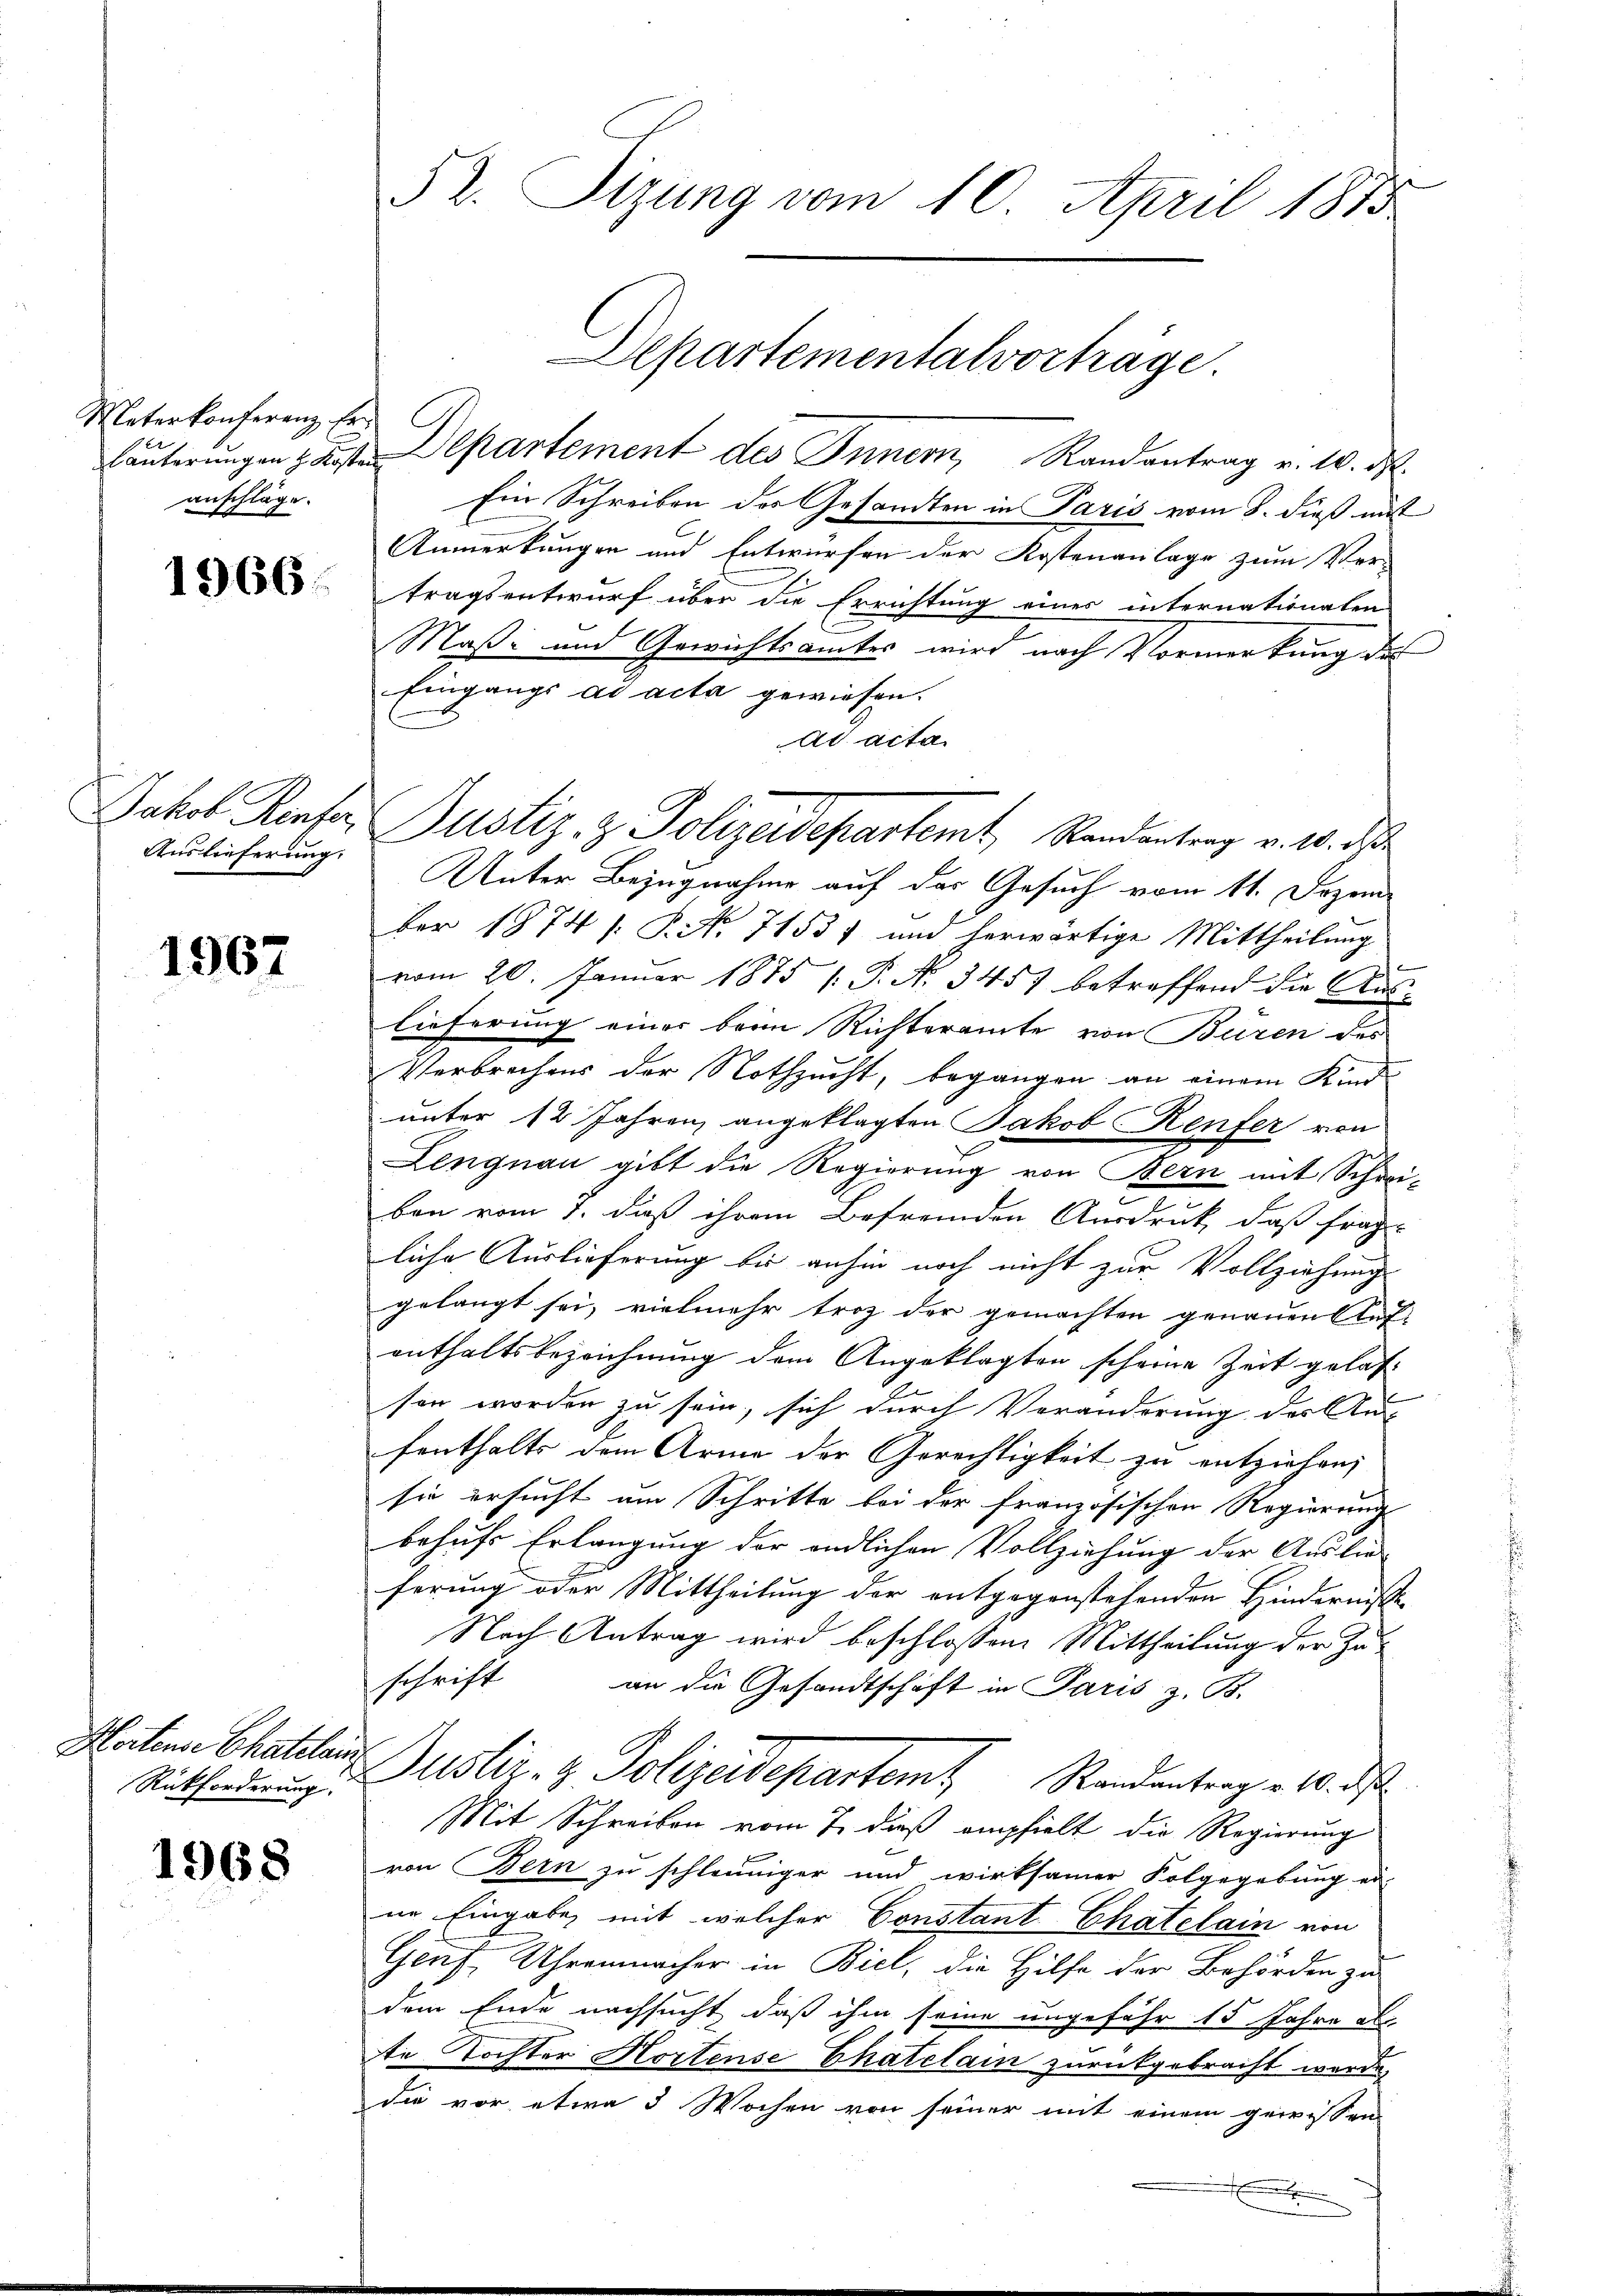
Materkonferenz Er
anschläge.

1966.

Jakob Rieser
Auslieferung.

1967

Koitense Chatelain
Rückforderung.

1968

52. Sizung vom 10. April 1815

läŭterŭngen z. B. Departement des Innern Randantrag v. 10. d.
Ein Schreiben des Gesandten in Paris vom 8. dieß mit
Anmerkungen und Entwürfen der Kostenanlage zum Ver-
tragsentwurf über die Errichtung eines internationalen
Maß- und Gewichtsamtes wird nach Vormerkung des
Eingangs ad acta gewiesen.
ad acta
Unter Bezugnahme auf der Gesuch vom 11. Dezem
ber 1874 s. P. No 71531 und herwärtige Mittheilung
vom 20. Januar 1875 [ P. No 3457 betreffend die Auslieferung einer beim Richteramte von Büren des
Verbrechens der Nothzucht, begangen an einem Kind
unter 12 Jahren angeklagten Jakob Renfer von
Lengnau gibt die Regierung von Bern mit Schwi-
ben vom 1. daß ihrem Befremden Ausdruck, daß frag-
liche Auslieferung bis anhin noch nicht zur Vollziehung
gelangt sei, vielmehr troz der gemachten genauen Auf-
enthaltsbezeichnung dem Angeklagten scheine Zeit gelasb
sen worden zu sein, sich durch Veränderung des An-
fenthalte dem Arme der Gerechtigkeit zu entziehen;
sie ersucht um Schritte bei der französischen Regierung
behufs Erlangung der endlichen Vollziehung der Auslieferung oder Mittheilung der entgegenstehenden Hindernisse
Nach Antrag wird beschlossen Mittheilung der Zuschrift
an die Gesandtschaft in Paris z. B.
Justiz- & Polizeidepartem Randantrag v. 10. ds
Mit Schreiben vom 7. dieß empfielt die Regierung
von Bern zu schleuniger und wirksamer Folgegebung er-
ne Eingabe, mit welcher Constant Chatelain von
Gruf, Uhrenmacher in Biel, die Hilfe der Behörden zu
dem Ende nachsucht, daß ihm seine ungefähr 15 Jahre als
te Tochter Hortense Chatelain zurückgebracht werde,
die vor etwa 3 Wochen von seiner mit einem gewissen
x

Departementalvorträge.

Justiz, z. Polizeidepartemt, Randantrag v. 10. ds.